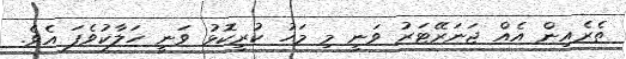
ތެރެއިން އެއް ޖަނަރޭޓަރު ވަނީ މި މަހު ކުރީކޮޅު ވަނީ ހަލާކުވެފަ އެވެ.